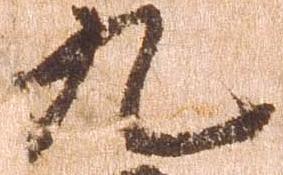
九